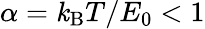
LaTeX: \alpha=\mathit{k}_{\mathrm{{B}}}T/E_{0}<1